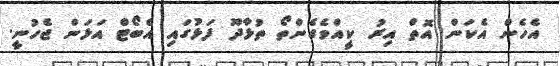
އެެހެން އެކަން އޮތް އިރު ކީއްވެގެންތޯ ތުޅާދޫ ފަޅުގައި އެބޯޓް އަޅަން ޖެހުނީ.